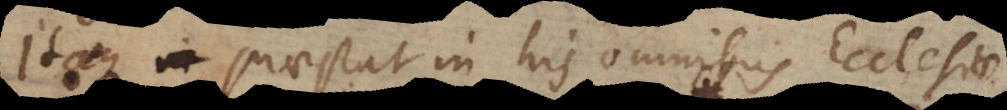
Itaque praestat in his omnibus Ecclesiae